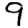
Digit: 9